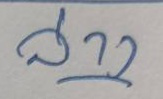
ล่าง